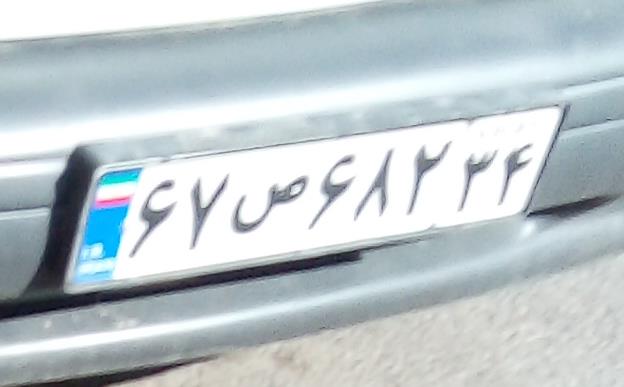
۶۷ص۶۸۲۳۴